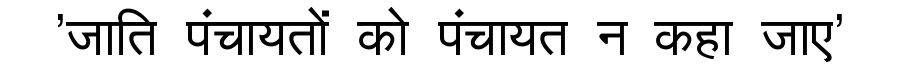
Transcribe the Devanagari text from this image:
'जाति पंचायतों को पंचायत न कहा जाए'